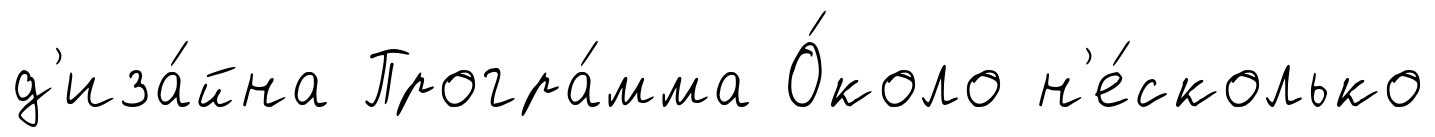
д'иза́йна Програ́мма О́коло н'е́сколько